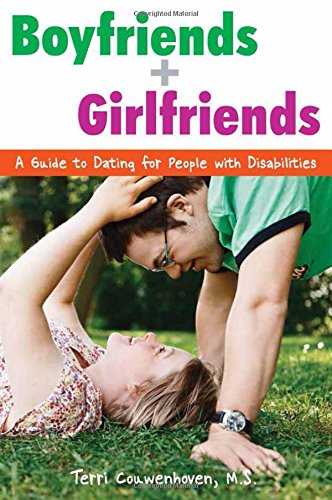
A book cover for Boyfriends & Girlfriends: A Guide to Dating for People with Disabilities; Terri Couwenhoven; Self-Help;